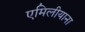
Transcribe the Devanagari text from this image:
एमिलीयाना